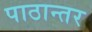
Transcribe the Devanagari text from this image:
पाठान्तर